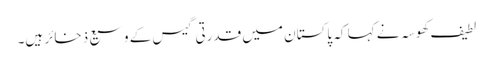
لطیف کھوسہ نے کہا کہ پاکستان میں قدرتی گیس کے وسیع ذخائر ہیں۔